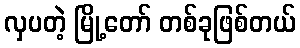
လှပတဲ့ မြို့တော် တစ်ခုဖြစ်တယ်